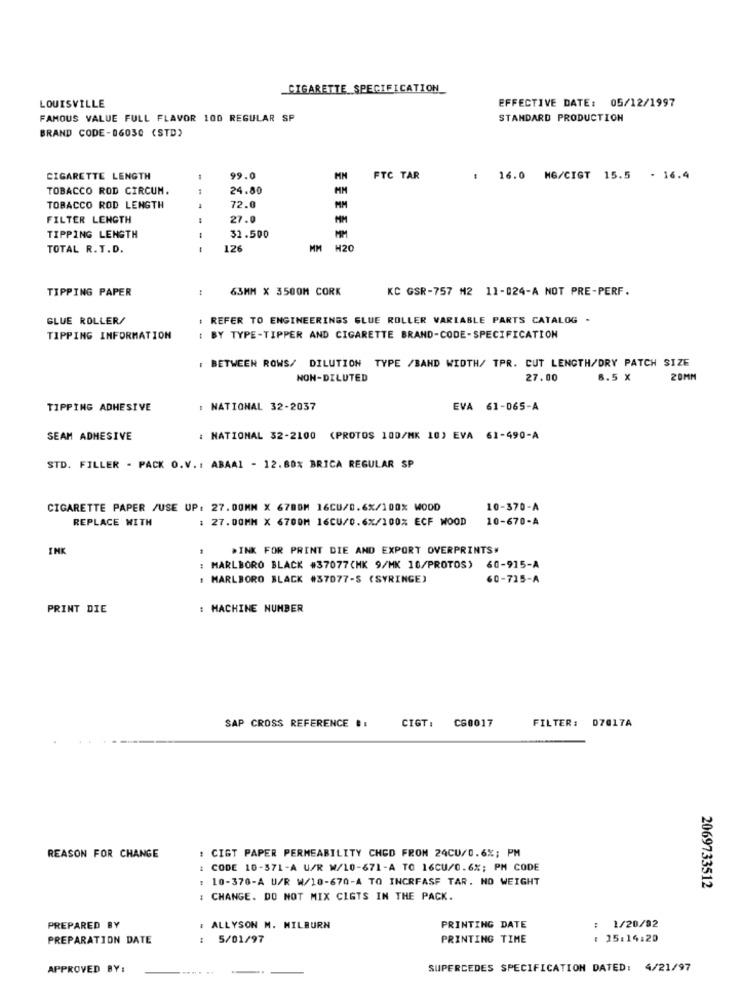
CIGARETTE SPECIFICATION_
LOUISVILLE
EFFECTIVE DATE: 05/12/1997
FAMOUS VALUE FULL FLAVOR 100 REGULAR SP
STANDARD PRODUCTION
BRAND CODE-06030 (STD)
CIGARETTE LENGTH
99.0
FTC TAR
: 16.0 MG/CIGT 15.5 - 16.4
TOBACCO ROD CIRCUM.
1
24.80
TOBACCO ROD LENGTH
72.0
FILTER LENGTH
27.0
TIPPING LENGTH
31.500
MM
TOTAL R. T.D.
--
126
MM
H20
TIPPING PAPER
63MM X 3500M CORK
KC GSR-757 M2 11-024-A NOT PRE-PERF.
GLUE ROLLER/
. REFER TO ENGINEERINGS GLUE ROLLER VARIABLE PARTS CATALOG -
TIPPING INFORMATION
: BY TYPE-TIPPER AND CIGARETTE BRAND-CODE-SPECIFICATION
: BETWEEN ROWS/ DILUTION TYPE /BAND WIDTH/ TPR. CUT LENGTH/DRY PATCH SIZE
NON-DILUTED
27.00
6.5 X
20MM
TIPPING ADHESIVE
: NATIONAL 32-2037
EVA 61-065-A
SEAM ADHESIVE
: NATIONAL 32-2100 (PROTOS 100/MK 10) EVA 61-490-A
STD. FILLER - PACK O.V .: ABAA1 - 12.80% BRICA REGULAR SP
CIGARETTE PAPER /USE UP: 27.00MM X 6780M 16CU/0.6%/100% WOOD
10-370-A
REPLACE WITH
: 27.00MM X 6700M 16CU/0.6%/100% ECF WOOD
10-670-A
INK
PINK FOR PRINT DIE AND EXPORT OVERPRINTS#
MARLBORO BLACK #37077(HK 9/MK 10/PROTOS)
60-915-A
. MARLBORO BLACK #37077-S (SYRINGE)
60-715-A
PRINT DIE
: MACHINE NUMBER
SAP CROSS REFERENCE #:
CIGT: C60017
FILTER: 07017A
: CIGT PAPER PERMEABILITY CHED FROM 24CU/0.6%; PM
REASON FOR CHANGE
CODE 10-371-A U/R W/10-671-A TO 16CU/0.6%; PM CODE
10-370-A U/R W/10-670-A TO INCREASE TAR. NO WEIGHT
2069733512
: CHANGE. DO NOT MIX CIGTS IN THE PACK.
PREPARED BY
ALLYSON M. MILBURN
PRINTING DATE
: 1/20/92
PREPARATION DATE
: 5/01/97
PRINTING TIME
: 25:14:20
APPROVED BY:
--....
SUPERCEDES SPECIFICATION DATED: 4/21/97